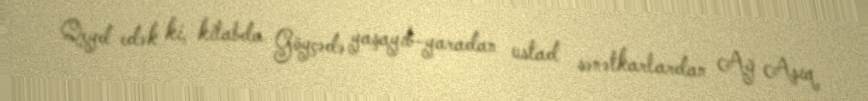
Qeyd edək ki, kitabda Göyçədə yaşayıb-yaradan ustad sənətkarlardan Ağ Aşıq